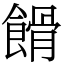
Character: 餶